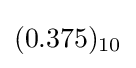
(0.375)_{10}